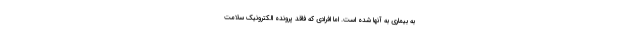
به بیماری به آنها شده است. اما افرادی که فاقد پرونده الکترونیک سلامت